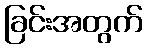
ခြင်းအတွက်